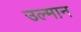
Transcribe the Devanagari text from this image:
उल्मान